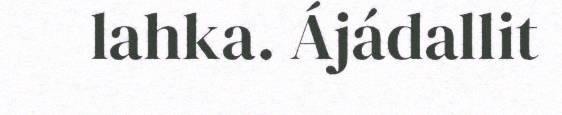
lahka. Ájádallit